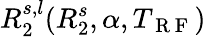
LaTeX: R_{2}^{s,l}(R_{2}^{s},\alpha,T_{\mathrm{~R~F~}})